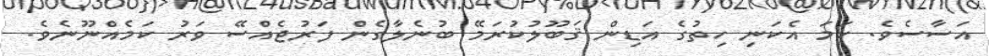
އަސާސެވެ. ހަމަ އެކަނި ހިތުގެ އަޑިން ޤަބޫލުކުރަމޭ ބުނެލާގެން ފަރުޖެއްސޭ ވަރު ކަމެއްނޫނެވެ.